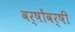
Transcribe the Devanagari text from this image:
वर्षोंवर्षीं